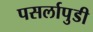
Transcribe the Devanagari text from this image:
पसर्लापुडी